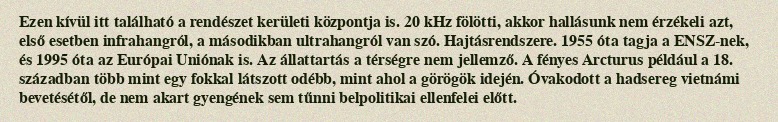
Ezen kívül itt található a rendészet kerületi központja is. 20 kHz fölötti, akkor hallásunk nem érzékeli azt, első esetben infrahangról, a másodikban ultrahangról van szó. Hajtásrendszere. 1955 óta tagja a ENSZ-nek, és 1995 óta az Európai Uniónak is. Az állattartás a térségre nem jellemző. A fényes Arcturus például a 18. században több mint egy fokkal látszott odébb, mint ahol a görögök idején. Óvakodott a hadsereg vietnámi bevetésétől, de nem akart gyengének sem tűnni belpolitikai ellenfelei előtt.